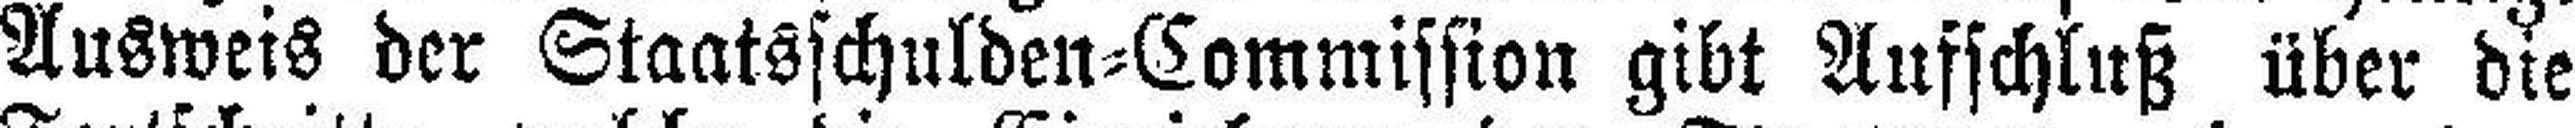
Ausweis der Staatsschulden=Commission gibt Aufschluß über die